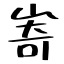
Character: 㟢